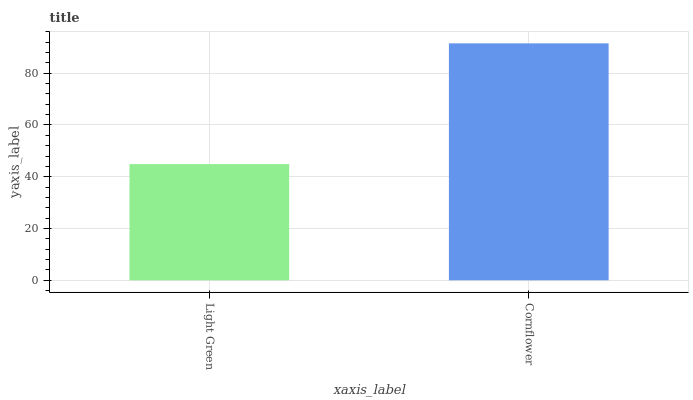
| xaxis_label | bars |
 | --- | --- |
 | Light Green | 44.9 |
 | Cornflower | 91.5 |